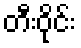
တီးဝိုင်း